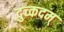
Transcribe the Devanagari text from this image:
दुच्कदम्